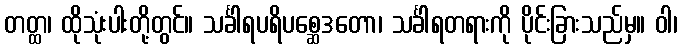
တတ္ထ၊ ထိုသုံးပါးတို့တွင်။ သင်္ခါရပရိပစ္ဆေဒတော၊ သင်္ခါရတရားကို ပိုင်းခြားသည်မှ။ ဝါ၊